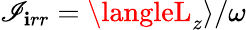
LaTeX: \mathscr{I}_{\mathbf{i}rr}=\langleL_{z}\rangle/\omega